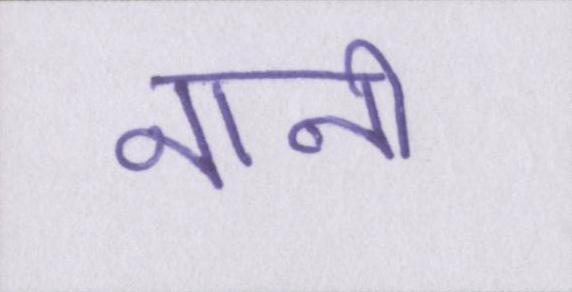
नानी